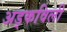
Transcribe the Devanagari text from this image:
अड्कविली